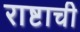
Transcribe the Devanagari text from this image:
राष्टाची